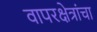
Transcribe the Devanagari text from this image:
वापरक्षेत्रांचा